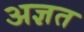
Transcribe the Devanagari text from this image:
अज्ञत